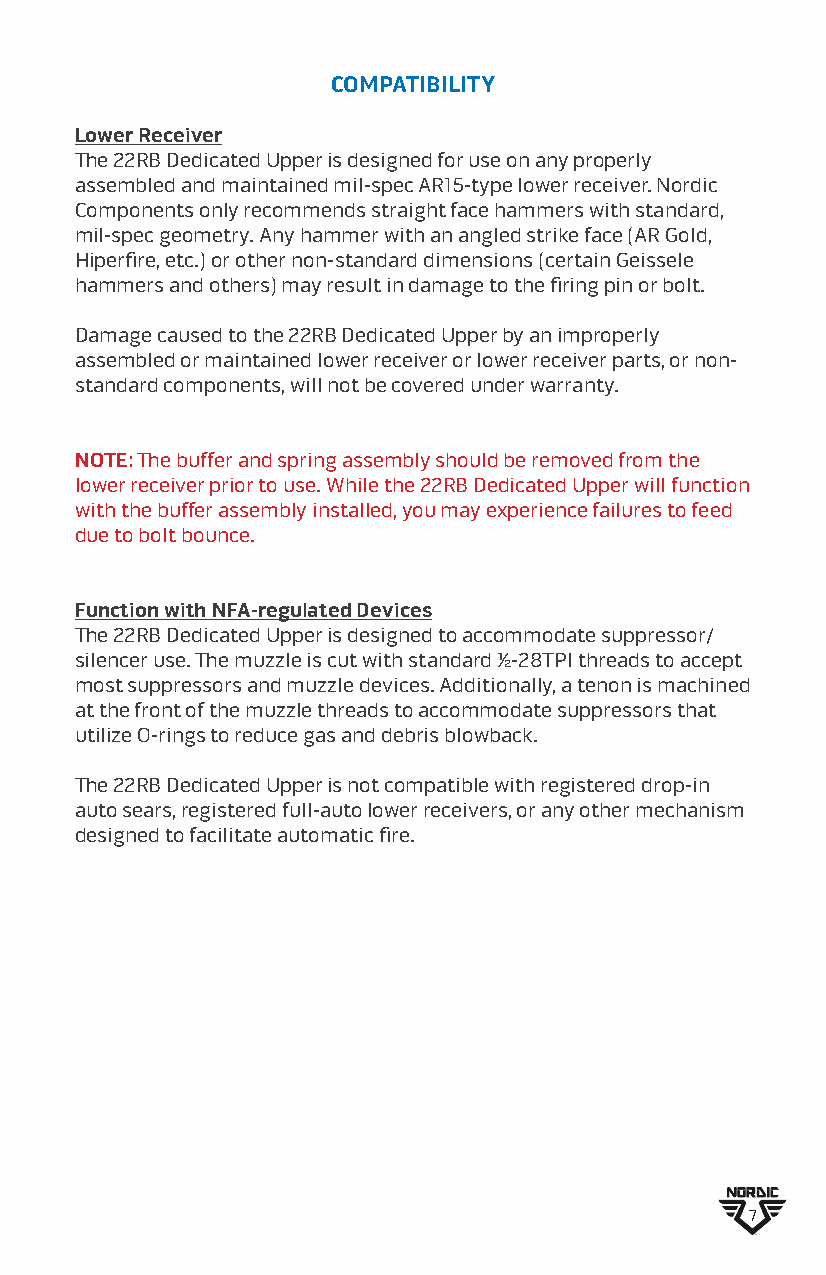
COMPATIBILITY
 Lower Receiver
 The 22RB Dedicated Upper is designed for use on any properly
 assembled and maintained mil-spec AR15-type lower receiver. Nordic
 Components only recommends straight face hammers with standard,
 mil-spec geometry. Any hammer with an angled strike face (AR Gold,
 Hiperfire, etc.) or other non-standard dimensions (certain Geissele
 hammers and others) may result in damage to the firing pin or bolt.
 Damage caused to the 22RB Dedicated Upper by an improperly
 assembled or maintained lower receiver or lower receiver parts, or non-
 standard components, will not be covered under warranty.
 NOTE: The buffer and spring assembly should be removed from the
 lower receiver prior to use. While the 22RB Dedicated Upper will function
 with the buffer assembly installed, you may experience failures to feed
 due to bolt bounce.
 Function with NFA-regulated Devices
 The 22RB Dedicated Upper is designed to accommodate suppressor/
 silencer use. The muzzle is cut with standard ½-28TPI threads to accept
 most suppressors and muzzle devices. Additionally, a tenon is machined
 at the front of the muzzle threads to accommodate suppressors that
 utilize O-rings to reduce gas and debris blowback.
 The 22RB Dedicated Upper is not compatible with registered drop-in
 auto sears, registered full-auto lower receivers, or any other mechanism
 designed to facilitate automatic fire.
 7